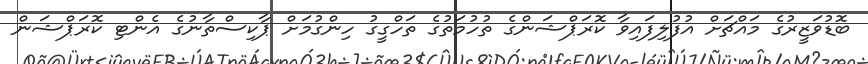
ބޮޑުވަޒީރުގެ މައްޗަށް އުފުލިފައިވާ ކޮރަޕްޝަންގެ ތުހުމަތުގެ ތަހްގީގު ހިންގުމަށް ޕާކިސްތާނުގެ އެންޓި ކޮރަޕްޝަން